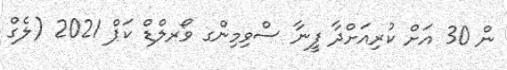
ން 30 އަށް ކުރިއަށްދާ ފީނާ ސްވިމިންގ ވޯރލްޑް ކަޕް 2021 (ލެގް